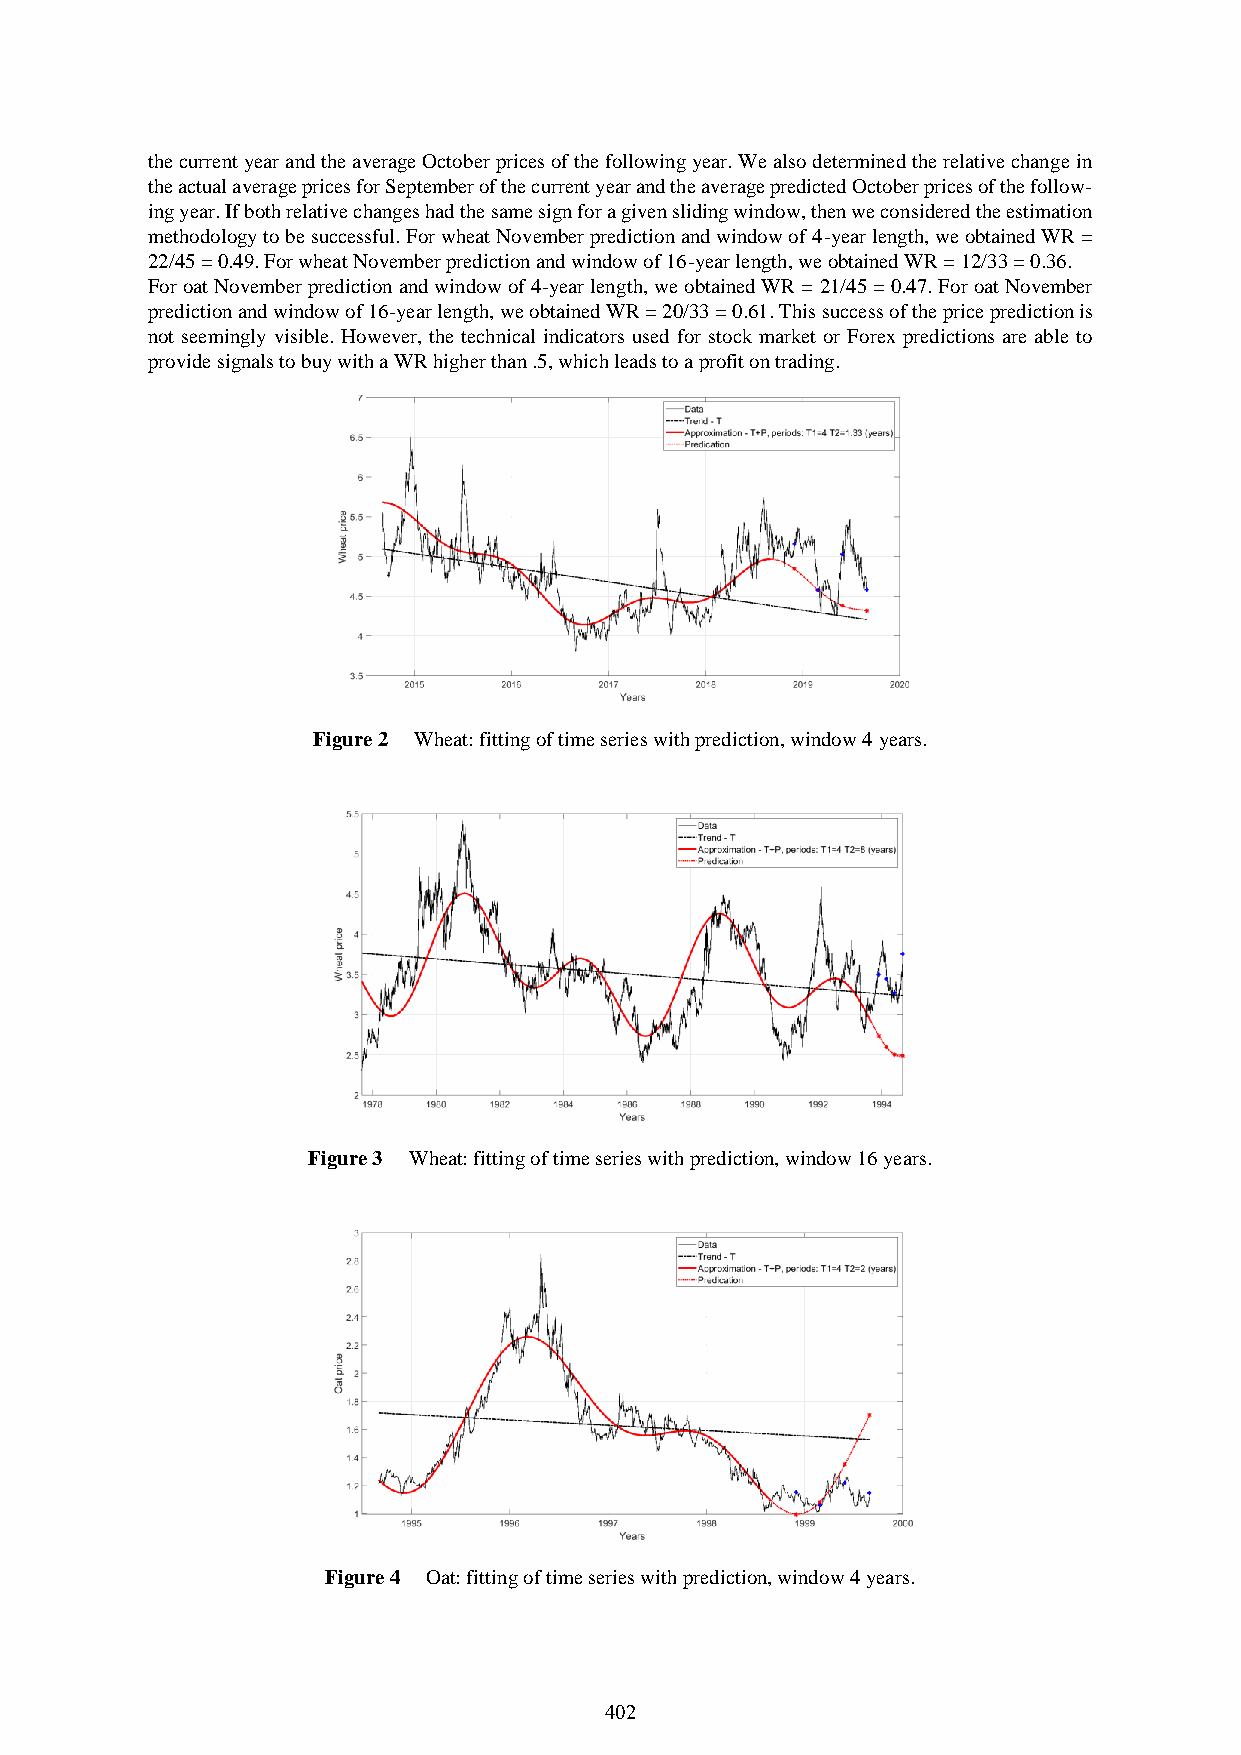
the current year and the average October prices of the following year. We also determined the relative change in
 the actual average prices for September of the current year and the average predicted October prices of the follow-
 ing year. If both relative changes had the same sign for a given sliding window, then we considered the estimation
 methodology to be successful. For wheat November prediction and window of 4-year length, we obtained WR =
 22/45 = 0.49. For wheat November prediction and window of 16-year length, we obtained WR = 12/33 = 0.36.
 For oat November prediction and window of 4-year length, we obtained WR = 21/45 = 0.47. For oat November
 prediction and window of 16-year length, we obtained WR = 20/33 = 0.61. This success of the price prediction is
 not seemingly visible. However, the technical indicators used for stock market or Forex predictions are able to
 provide signals to buy with a WR higher than .5, which leads to a profit on trading.
 Figure 2 Wheat: fitting of time series with prediction, window 4 years.
 Figure 3 Wheat: fitting of time series with prediction, window 16 years.
 Figure 4 Oat: fitting of time series with prediction, window 4 years.
 402